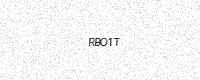
Text: RBO1T